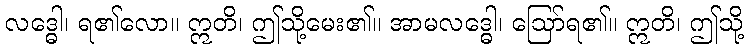
လဒ္ဓေါ၊ ရ၏လော။ ဣတိ၊ ဤသို့မေး၏။ အာမလဒ္ဓေါ၊ ဩော်ရ၏။ ဣတိ၊ ဤသို့